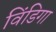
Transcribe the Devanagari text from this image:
विंडिगा